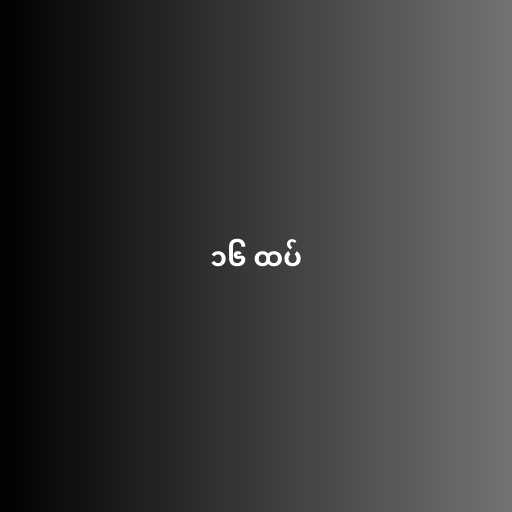
၁၆ ထပ်